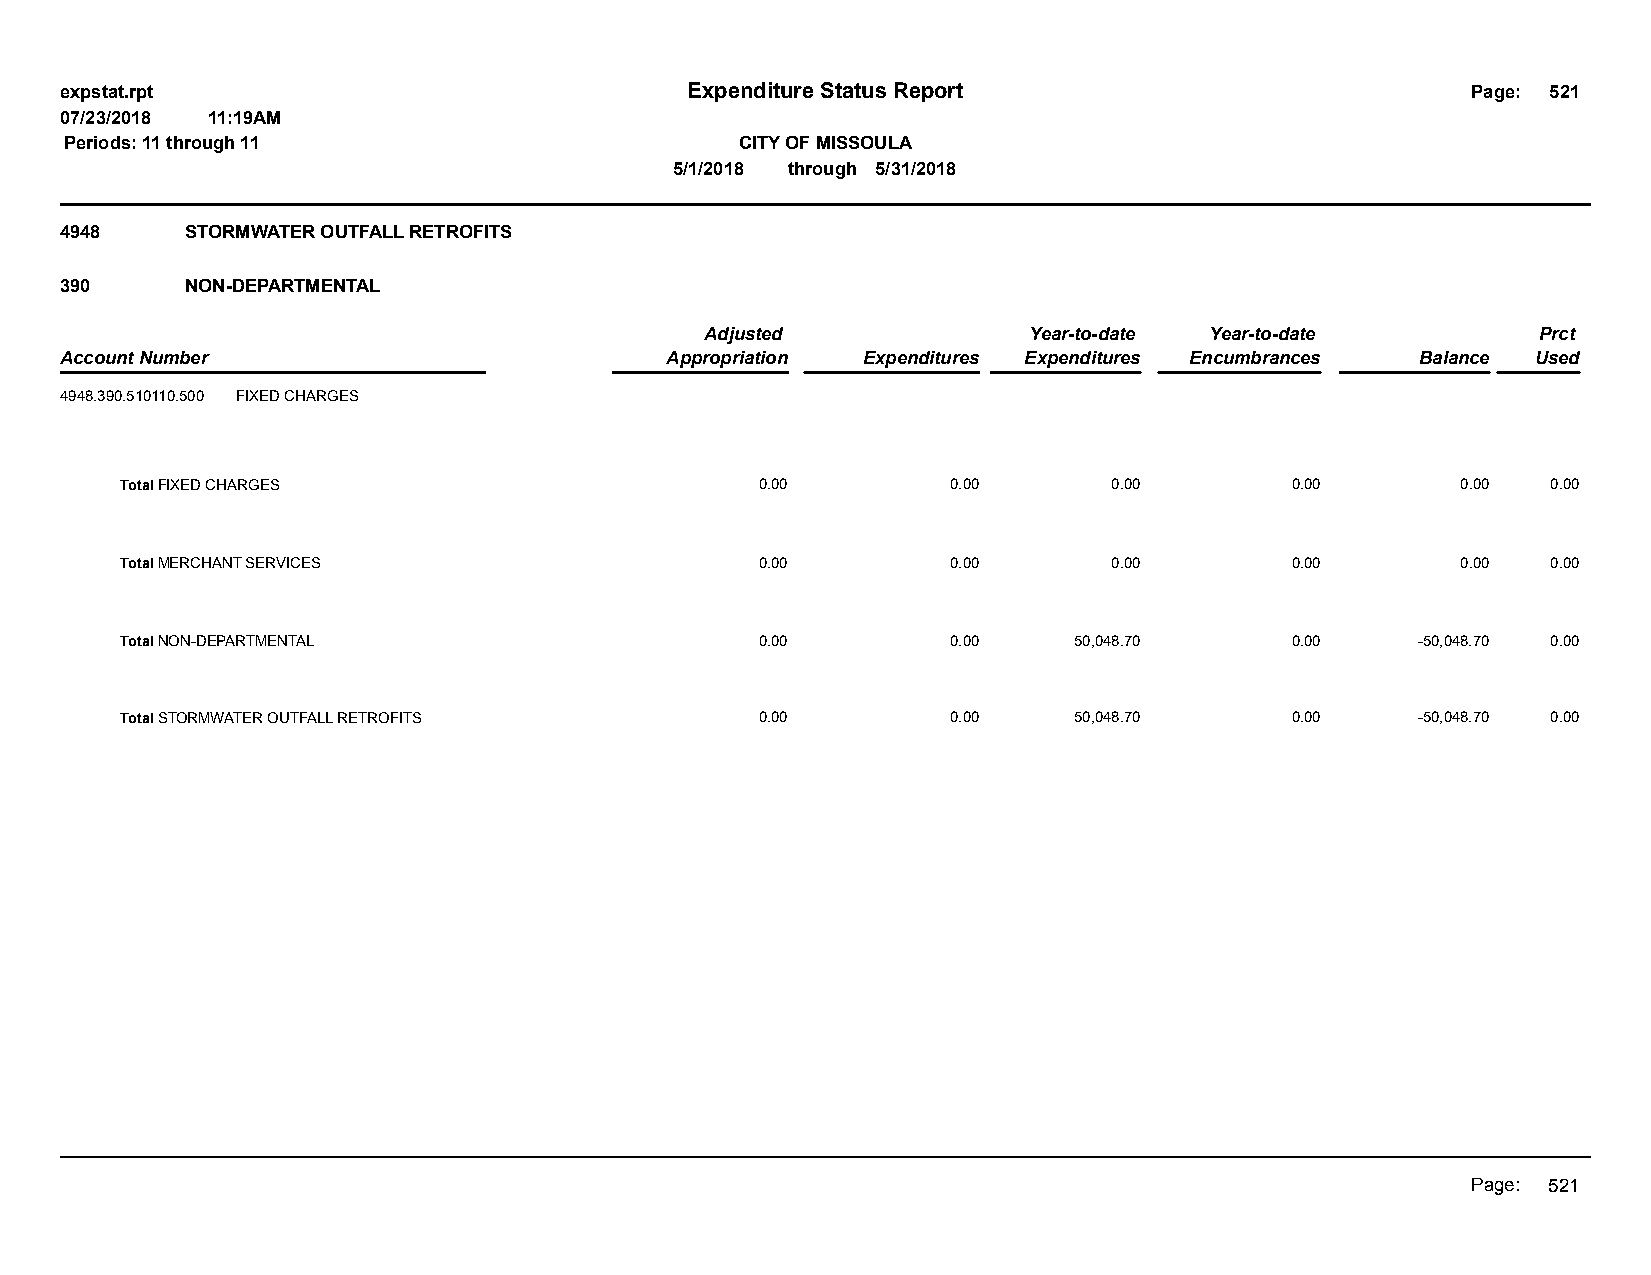
expstat.rpt                              Expenditure Status Report                           Page: 521
 07/23/2018 11:19AM
 Periods: 11 through 11                       CITY OF MISSOULA
 5/1/2018 through 5/31/2018
 4948    STORMWATER OUTFALL RETROFITS
 390     NON-DEPARTMENTAL
 Adjusted             Year-to-date Year-to-date         Prct
 Account Number                          Appropriation Expenditures Expenditures Encumbrances Balance Used
 4948.390.510110.500 FIXED CHARGES
 Total FIXED CHARGES                       0.00         0.00       0.00       0.00        0.00  0.00
 Total MERCHANT SERVICES                   0.00         0.00       0.00       0.00        0.00  0.00
 Total NON-DEPARTMENTAL                    0.00         0.00    50,048.70     0.00     -50,048.70 0.00
 Total STORMWATER OUTFALL RETROFITS        0.00         0.00    50,048.70     0.00     -50,048.70 0.00
 Page: 521